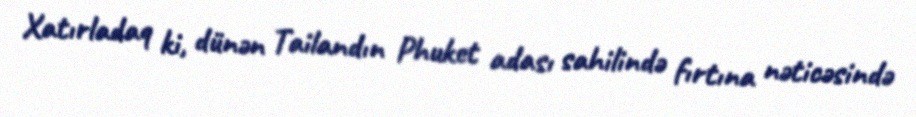
Xatırladaq ki, dünən Tailandın Phuket adası sahilində fırtına nəticəsində